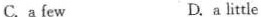
C.a few D.a little